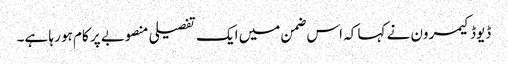
ڈیوڈ کیمرون نے کہا کہ اس ضمن میں ایک تفصیلی منصوبے پر کام ہو رہا ہے۔